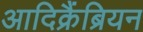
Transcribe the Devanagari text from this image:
आदिक्रैंब्रियन